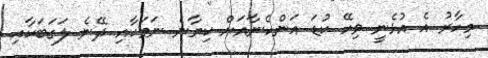
މިހާރު އެ އުޅެނީ ވިހޭ ކުޑަ އަންހެނާއަށް ކިޔާނެ ނަމަކާއި ދޭނެ ލަގަބަކާއި